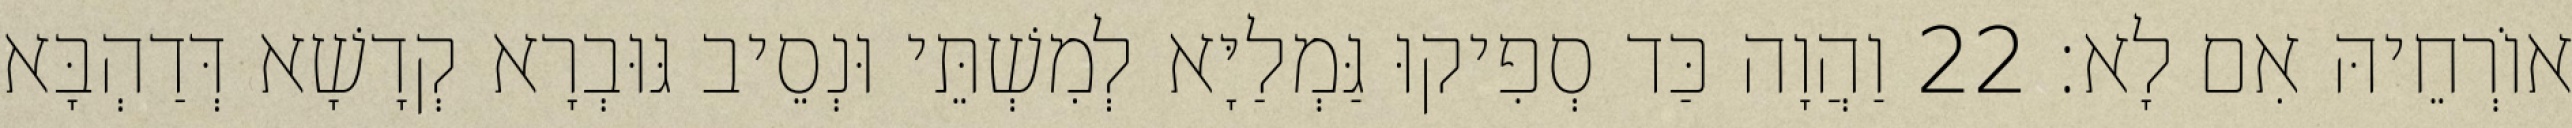
אוֹרְחֵיהּ אִם לָא׃ 22 וַהֲוָה כַּד סְפִיקוּ גַּמְלַיָּא לְמִשְׁתֵּי וּנְסֵיב גּוּבְרָא קְדָשָׁא דְּדַהְבָּא